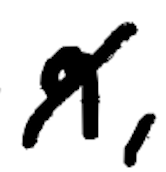
Text: 9,
Cross-out: diagonal
Writing tool: digital_black